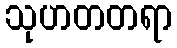
သုဟတတရာ